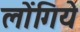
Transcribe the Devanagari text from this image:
लोंगिये